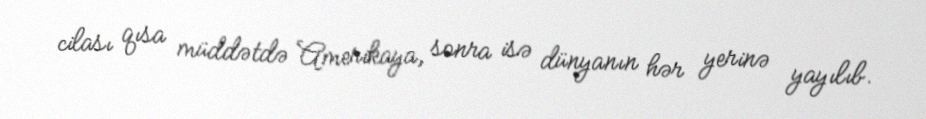
cilası qısa müddətdə Amerikaya, sonra isə dünyanın hər yerinə yayılıb.